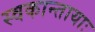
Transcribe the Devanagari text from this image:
स्वकान्तायाः